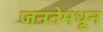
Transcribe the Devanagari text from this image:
जनतेमधून